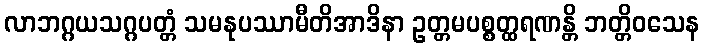
လာဘဂ္ဂယသဂ္ဂပတ္တံ သမနုပဿာမီတိအာဒိနာ ဥတ္တမပစ္စတ္ထရဏန္တိ ဘတ္တိဝသေန